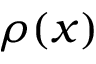
\rho ( x )